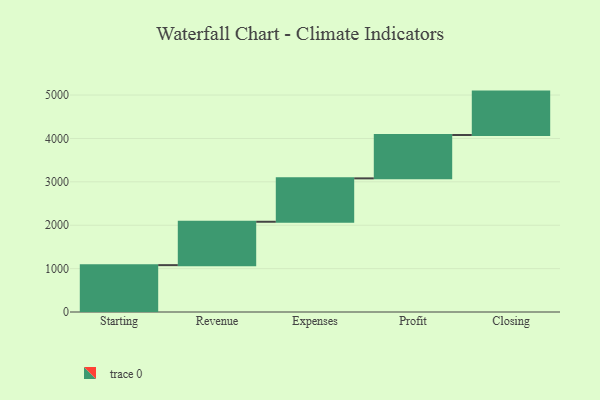
{"axis": {"x": "Step", "y": "Value"}, "legend": [""], "data": [{"x": "Starting", "y": 1080.0, "type": ""}, {"x": "Revenue", "y": 1000, "type": ""}, {"x": "Expenses", "y": 1000, "type": ""}, {"x": "Profit", "y": 1000, "type": ""}, {"x": "Closing", "y": 1000, "type": ""}]}